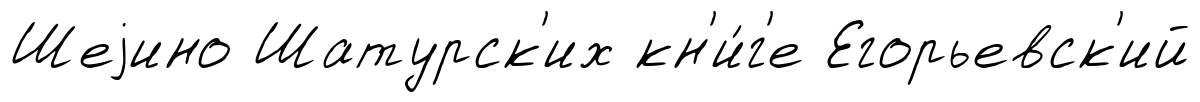
Шеjино Шатурск'их кн'и́г'е Егорьевск'ий